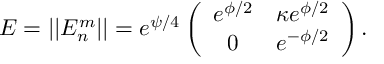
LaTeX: { \cal E } = | | { \cal E } _ { n } ^ { m } | | = e ^ { \psi / 4 } \left( \begin{array} { c c } { { e ^ { \phi / 2 } } } & { { \kappa e ^ { \phi / 2 } } } \\ { { 0 } } & { { e ^ { - \phi / 2 } } } \end{array} \right) .